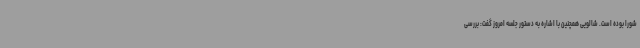
شورا بوده است. شالویی همچنین با اشاره به دستور جلسه امروز گفت: بررسی